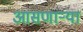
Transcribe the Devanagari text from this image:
आसणाऱ्या